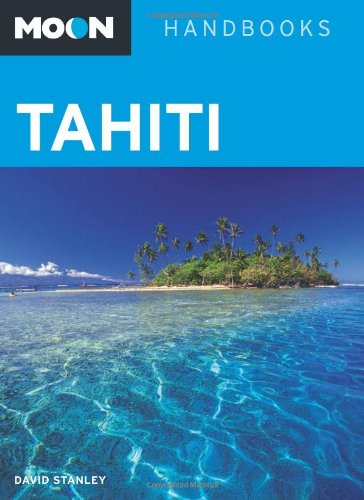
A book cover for Moon Tahiti; David Stanley; Travel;